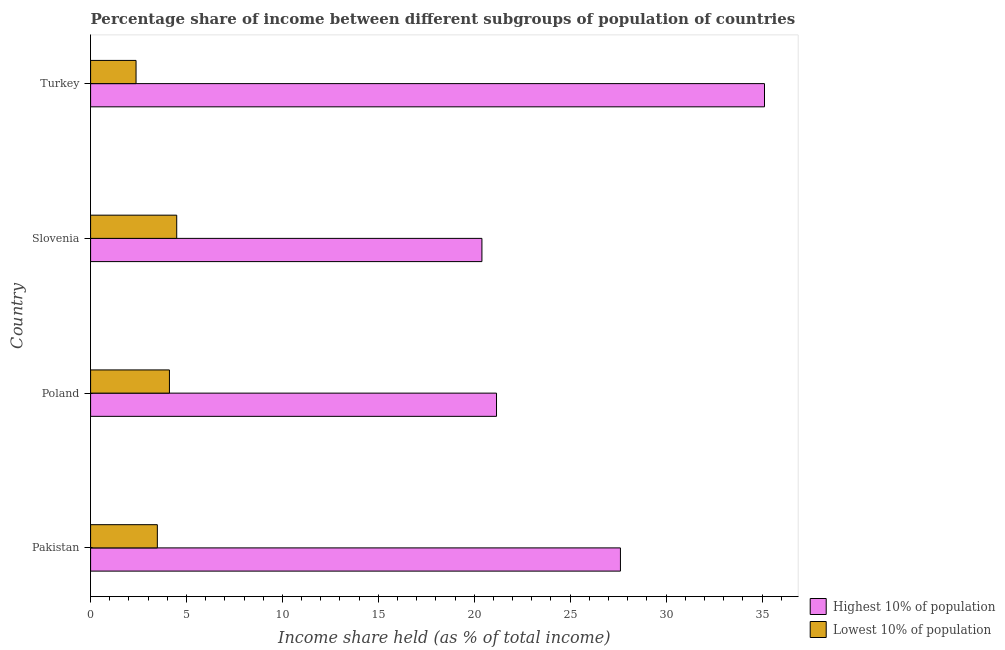
| Country | Highest 10% of population | Lowest 10% of population |
 | --- | --- | --- |
 | Pakistan | 27.6 | 3.48 |
 | Poland | 21.2 | 4.11 |
 | Slovenia | 20.4 | 4.49 |
 | Turkey | 35.1 | 2.37 |